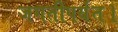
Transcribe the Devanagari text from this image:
जगतीपर्यंत।